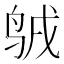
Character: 𪉇